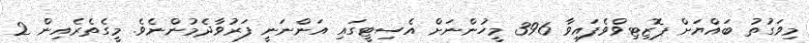
މިވަގުތު ބައްޔަށް ޕޮޒިޓިވްވެފައިވާ 396 މީހުންނަށް އެސިޓީގައި އަންނަނީ ފަރުވާދެމުންނެވެ. މީގެތެރެއިން 2